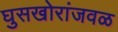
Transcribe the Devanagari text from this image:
घुसखोरांजवळ